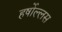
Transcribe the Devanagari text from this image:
हर्षोल्लस